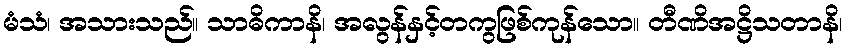
မံသံ၊ အသားသည်။ သာဓိကာနိ၊ အလွန်နှင့်တကွဖြစ်ကုန်သော။ တီဏိအဋ္ဌိသတာနိ၊